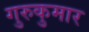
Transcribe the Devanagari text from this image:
गुरुकुमार